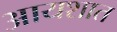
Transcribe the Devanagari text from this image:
आयशात